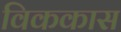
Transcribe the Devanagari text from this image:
विककास